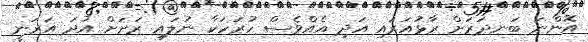
އޮންނަ ބަނދަރަށް ރާޅުއަރައި އަދި އެއްވެސް ހުރަހަކާ ނުލައި ރަށަށް އުދަ އަރަނީ